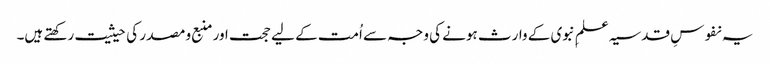
یہ نفوسِ قدسیہ علمِ نبوی کے وارث ہونے کی وجہ سے اُمت کے لیے حجت اور منبع و مصدر کی حیثیت رکھتے ہیں۔